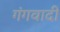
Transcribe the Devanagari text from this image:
गंगवादी